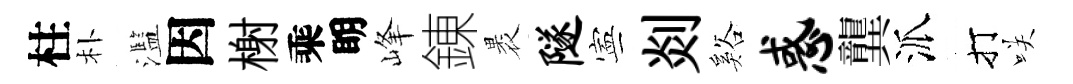
柱朴濫因榭乘眀峰錬褁隧寕剡谿惑龔派打咲